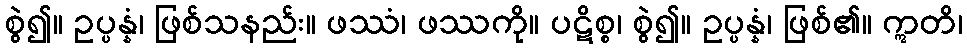
စွဲ၍။ ဥပ္ပန္နံ၊ ဖြစ်သနည်း။ ဖဿံ၊ ဖဿကို။ ပဋိစ္စ၊ စွဲ၍။ ဥပ္ပန္နံ၊ ဖြစ်၏။ ဣတိ၊